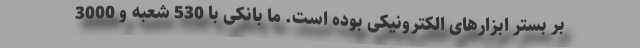
بر بستر ابزارهای الکترونیکی بوده است. ما بانکی با 530 شعبه و 3000